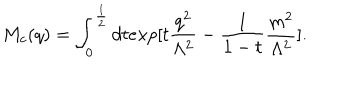
M _ { c } ( q ) = \int _ { 0 } ^ { \frac { 1 } { 2 } } d t e x p [ t \frac { q ^ { 2 } } { \Lambda ^ { 2 } } - \frac { 1 } { 1 - t } \frac { m ^ { 2 } } { \Lambda ^ { 2 } } ] .